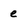
Character: e